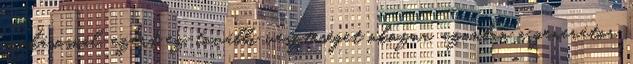
szokásosnál, ezért ez további veszteséget okozna, azonban a generátor